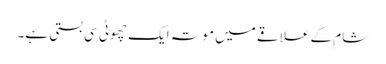
شام کے علاقے میں موتہ ایک چھوٹی سی بستی ہے۔